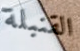
القنبلة